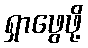
ရှာဖွေဖို့